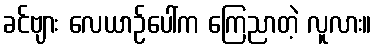
ခင်ဗျား လေယာဉ်ပေါ်က ကြေညာတဲ့ လူလား။